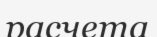
расчета